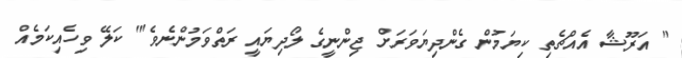
" އަރޫޝާ އެއްޗެތި ކިޔަމުން ގެންދިޔަވަރަަށް ޖިންނީގެ ލޯދިޔައީ ރަތްވަމުންނެވެ'" ކަލޭ ވިހެއިކަމެއް